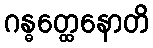
ဂန္ဓတ္ထေနောတိ